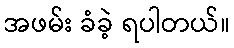
အဖမ်း ခံခဲ့ ရပါတယ်။